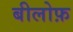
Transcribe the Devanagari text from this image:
बीलोफ़